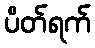
ပိတ်ရက်